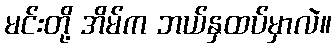
မင်းတို့ အိမ်က ဘယ်နှထပ်မှာလဲ။